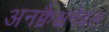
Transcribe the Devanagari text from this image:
अनक्वैश्चनेबल